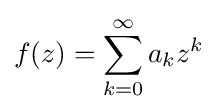
f(z)=\sum _{k=0}^{\infty }a_{k}z^{k}